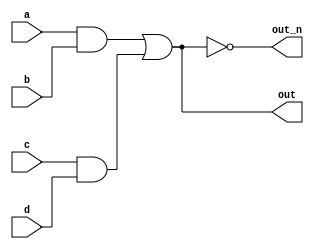
module top_module(
    input a, // Declare an input wires a, b, c, d
    input b,
    input c,
    input d,
    output out, // Declare an output wires out, out_n
    output out_n   ); 
	wire w1; // Declare intermediate wires
    wire w2;
    assign w1= a&b;
    assign w2= c&d;
    assign out=w1||w2;
    assign out_n= !(w1||w2);
    
endmodule